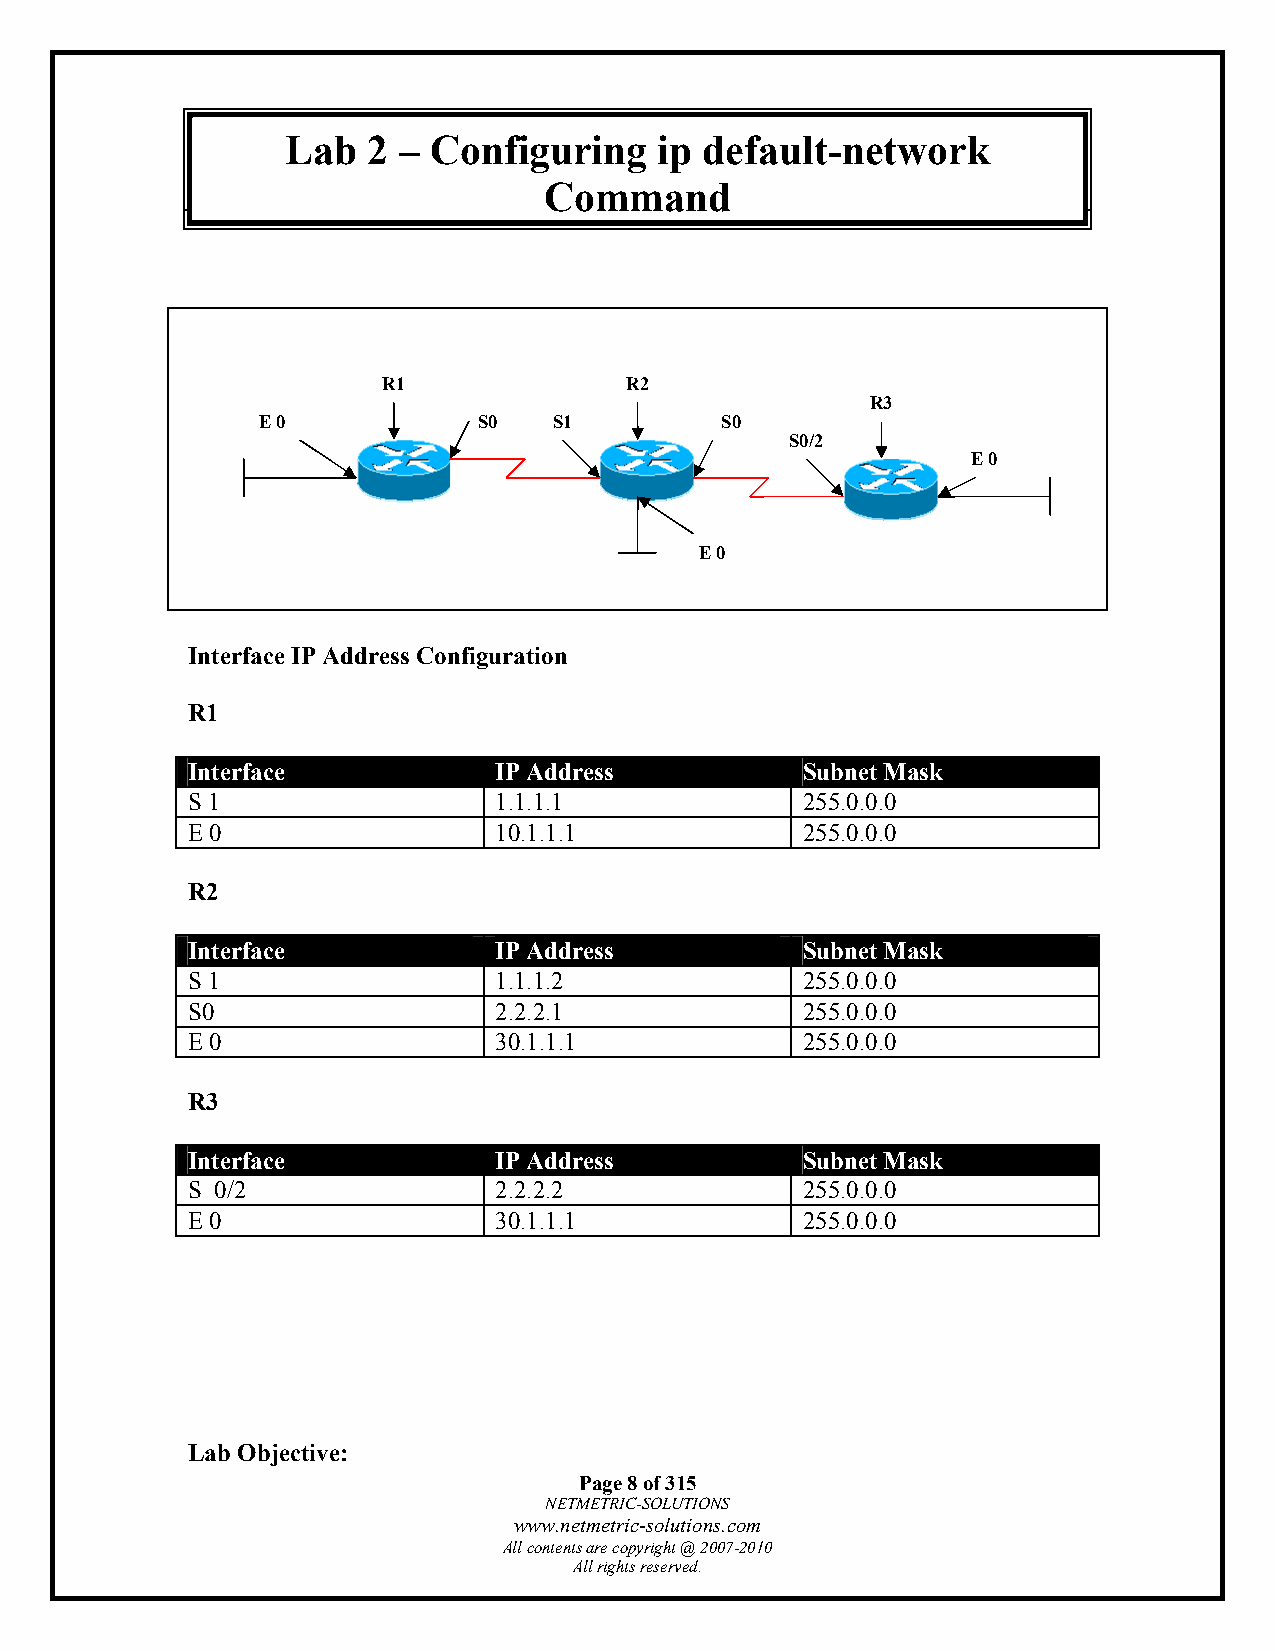
Lab 9 L– IaPb R I2P –T rCiggoenrefdi guring ip default-network
 Command
 R1              R2
 R3
 E 0            S0   S1         S0
 S0/2
 E 0
 E 0
 Interface IP Address Configuration
 R1
 Interface            IP Address          Subnet Mask
 S 1                  1.1.1.1             255.0.0.0
 E 0                  10.1.1.1            255.0.0.0
 R2
 Interface            IP Address          Subnet Mask
 S 1                  1.1.1.2             255.0.0.0
 S0                   2.2.2.1             255.0.0.0
 E 0                  30.1.1.1            255.0.0.0
 R3
 Interface            IP Address          Subnet Mask
 S 0/2                2.2.2.2             255.0.0.0
 E 0                  30.1.1.1            255.0.0.0
 Lab Objective:
 Page 8 of 315
 NETMETRIC-SOLUTIONS
 www.netmetric-solutions.com
 All contents are copyright @ 2007-2010
 All rights reserved.